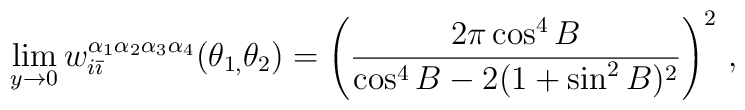
\lim_{y\rightarrow 0}w_{i\bar{\imath}}^{\alpha _{1}\alpha _{2}\alpha_{3}\alpha _{4}}(\theta _{1,}\theta _{2})=\left( \frac{2\pi \cos ^{4}B}{\cos^{4}B-2(1+\sin ^{2}B)^{2}}\right) ^{2}\,,